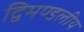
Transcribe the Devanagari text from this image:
द्विमण्डलीय